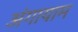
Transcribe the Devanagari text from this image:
अंगायाम